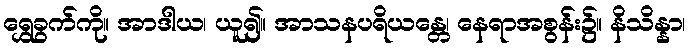
ရွှေခွက်ကို။ အာဒါယ၊ ယူ၍။ အာသနပရိယန္တေ၊ နေရာအစွန်း၌။ နိသိန္နာ၊